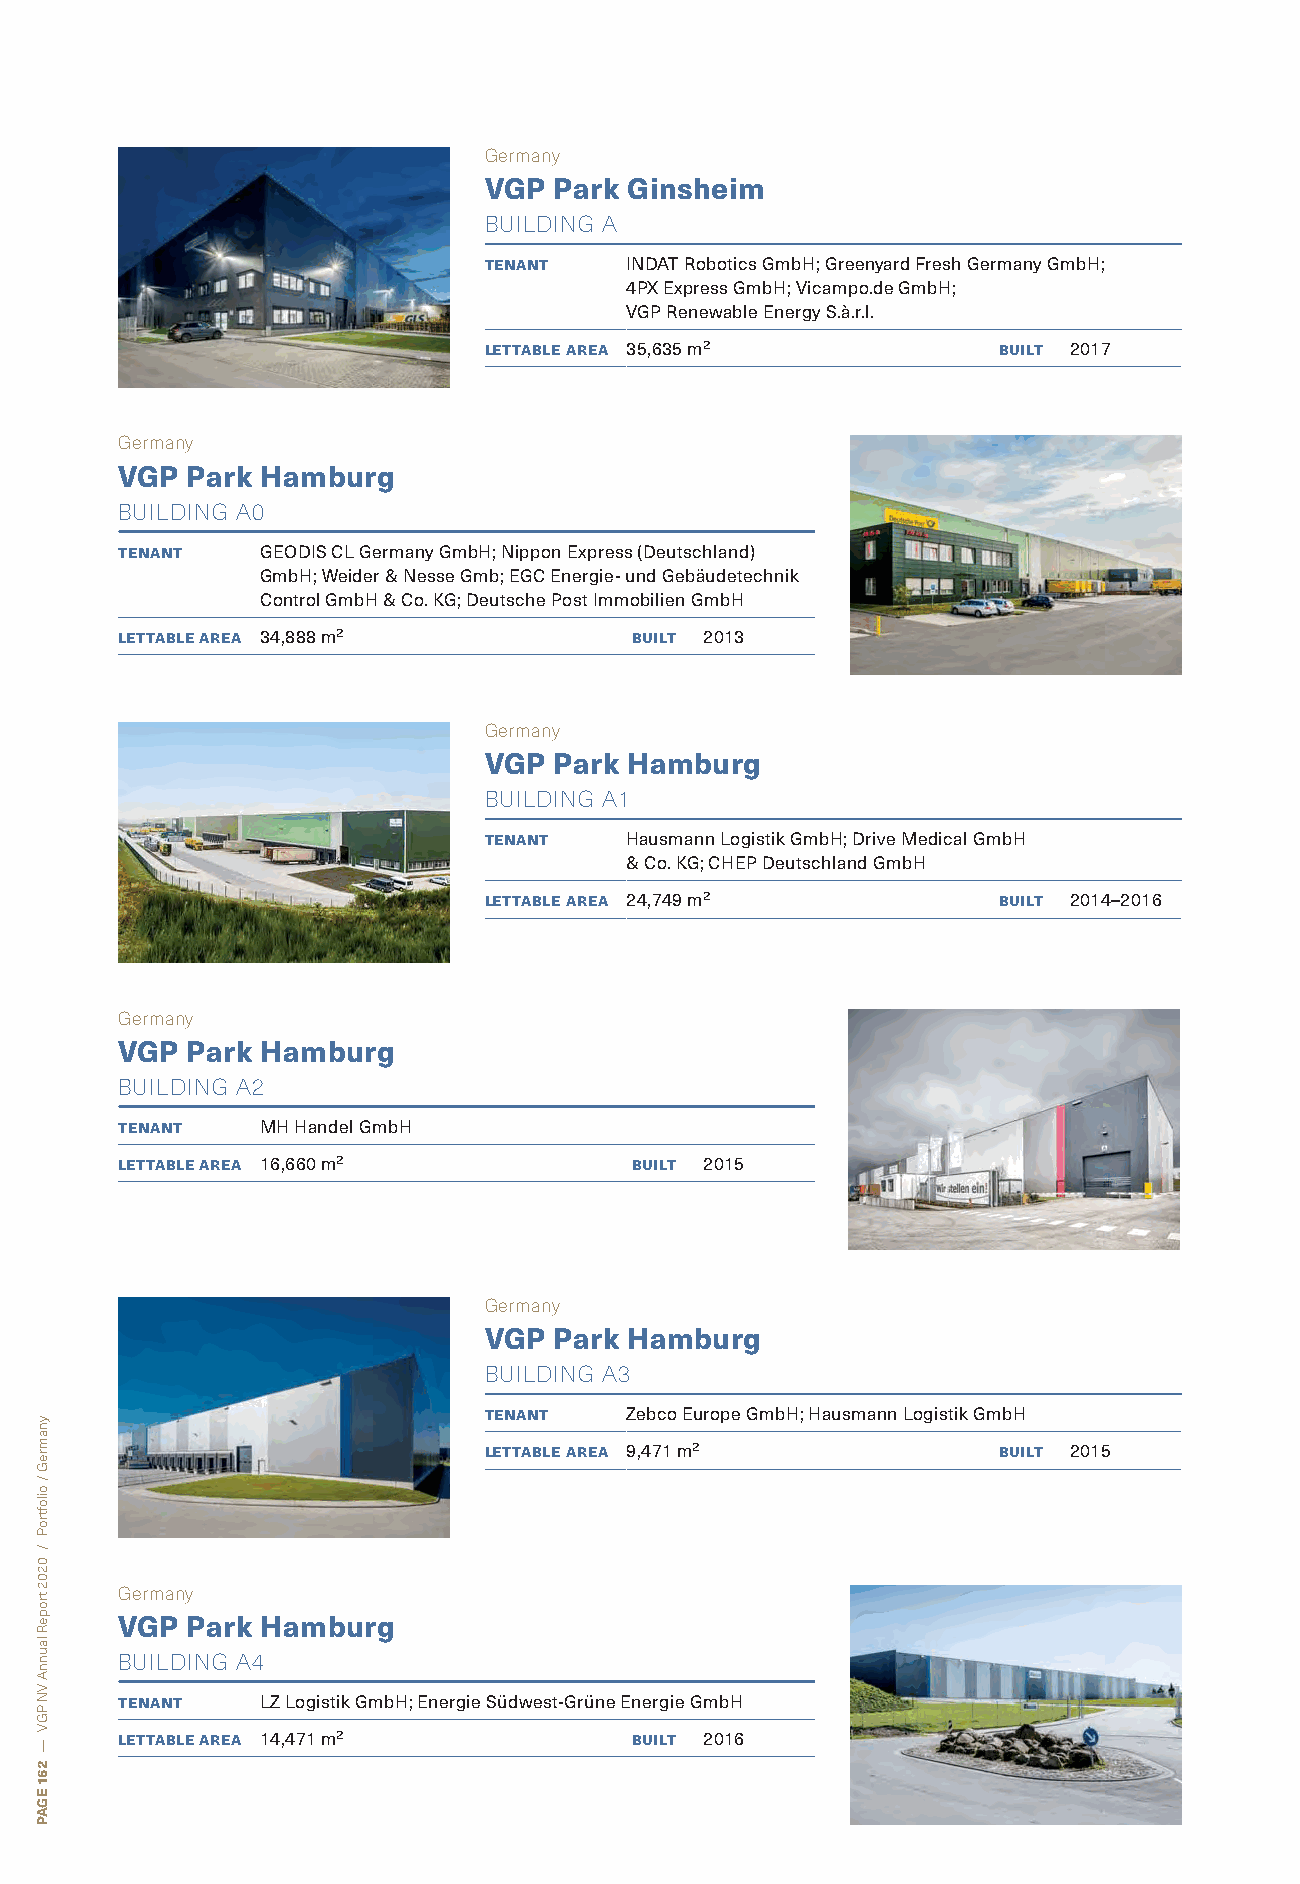
Germany
 VGP  Park Ginsheim
 BUILDING A
 tenant   INDAT Robotics GmbH; Greenyard Fresh Germany GmbH;
 4PX Express GmbH; Vicampo.de GmbH;
 VGP Renewable Energy S.à.r.l.
 lettable area 35,635 m²           built 2017
 Germany
 VGP Park Hamburg
 BUILDING A0
 tenant   GEODIS CL Germany GmbH; Nippon Express (Deutschland)
 GmbH; Weider & Nesse Gmb; EGC Energie- und Gebäudetechnik
 Control GmbH & Co. KG; Deutsche Post Immobilien GmbH
 lettable area 34,888 m²           built 2013
 Germany
 VGP  Park Hamburg
 BUILDING A1
 tenant   Hausmann Logistik GmbH; Drive Medical GmbH
 & Co. KG; CHEP Deutschland GmbH
 lettable area 24,749 m²           built 2014–2016
 Germany
 VGP Park Hamburg
 BUILDING A2
 tenant   MH Handel GmbH
 lettable area 16,660 m²           built 2015
 Germany
 VGP  Park Hamburg
 BUILDING A3
 tenant   Zebco Europe GmbH; Hausmann Logistik GmbH
 lettable area 9,471 m²            built 2015
 Germany
 VGP Park Hamburg
 BUILDING A4
 tenant   LZ Logistik GmbH; Energie Südwest-Grüne Energie GmbH
 lettable area 14,471 m²           built 2016
 ynamreG
 /
 oiloftroP
 /
 0202
 tropeR
 launnA
 VN
 PGV
 —
 261
 EGAP